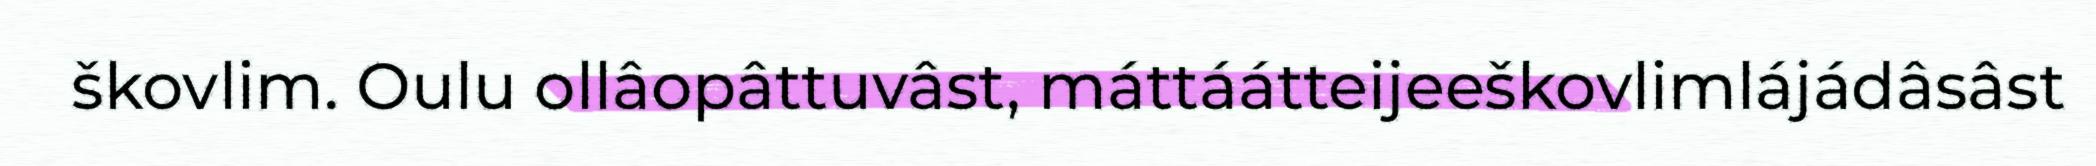
škovlim. Oulu ollâopâttuvâst, máttáátteijeeškovlimlájádâsâst